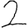
Digit: 2